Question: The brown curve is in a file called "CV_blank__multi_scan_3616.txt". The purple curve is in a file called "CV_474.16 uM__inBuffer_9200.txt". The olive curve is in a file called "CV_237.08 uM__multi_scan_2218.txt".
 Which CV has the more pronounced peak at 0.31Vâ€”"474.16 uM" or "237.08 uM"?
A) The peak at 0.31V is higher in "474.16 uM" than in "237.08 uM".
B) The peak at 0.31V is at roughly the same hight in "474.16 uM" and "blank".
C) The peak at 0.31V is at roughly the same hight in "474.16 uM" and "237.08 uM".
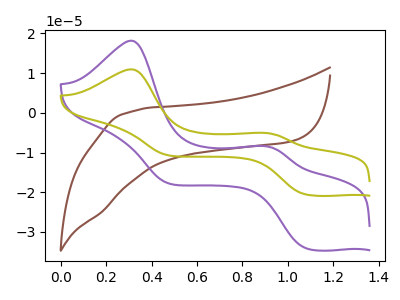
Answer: <think>The brown curve "blank" has no peaks. The purple curve "474.16 uM" has anodic peaks at (0.30V, 18.20uA) (0.90V, -8.40uA) and cathodic peaks at (1.10V, -34.10uA) (0.50V, -17.75uA). The olive curve "237.08 uM" has anodic peaks at (0.30V, 10.95uA) (0.90V, -5.05uA) and cathodic peaks at (1.10V, -20.55uA) (0.50V, -10.70uA).</think>
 <answer>A) The peak at 0.31V is higher in "474.16 uM" than in "237.08 uM".</answer>
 <eval>A</eval>